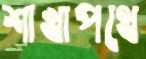
শাখাপথে